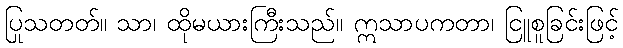
ပြုသတတ်။ သာ၊ ထိုမယားကြီးသည်။ ဣသာပကတာ၊ ငြူစူခြင်းဖြင့်